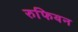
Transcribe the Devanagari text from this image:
रुफियन